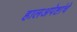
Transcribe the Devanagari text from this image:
हालअपेष्टांचे